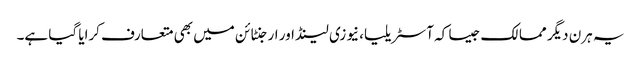
یہ ہرن دیگر ممالک جیسا کہ آسٹریلیا، نیوزی لینڈ اور ارجنٹائن میں بھی متعارف کرایا گیا ہے۔